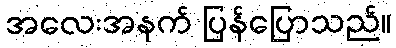
အလေးအနက် ပြန်ပြောသည်။